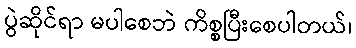
ပွဲဆိုင်ရာ မပါစေဘဲ ကိစ္စပြီးစေပါတယ်၊